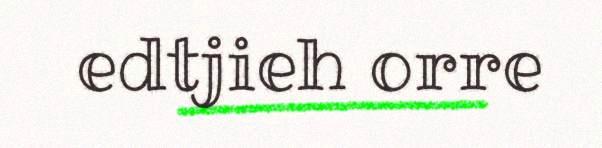
edtjieh orre